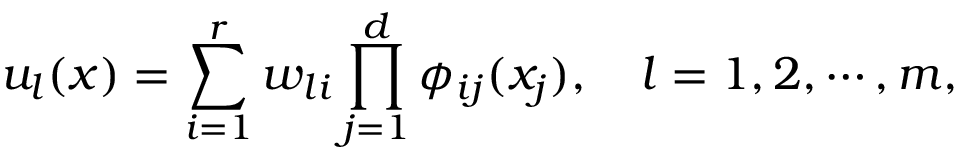
u _ { l } ( x ) = \sum _ { i = 1 } ^ { r } w _ { l i } \prod _ { j = 1 } ^ { d } \phi _ { i j } ( x _ { j } ) , \quad l = 1 , 2 , \cdots , m ,